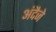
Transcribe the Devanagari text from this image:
अंदैजे